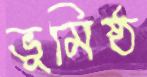
ভূমিষ্ঠ